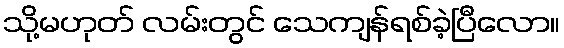
သို့မဟုတ် လမ်းတွင် သေကျန်ရစ်ခဲ့ပြီလော။